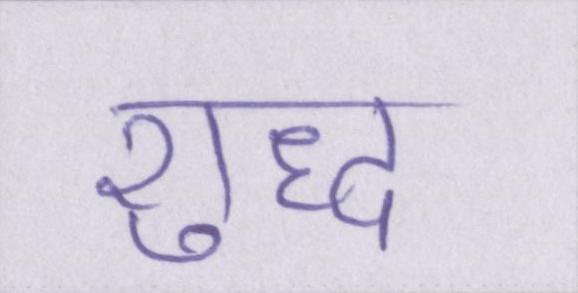
शुध्द